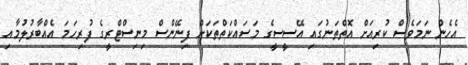
އެހެން ނަމަވެސް ކުރިއަށް އޮތްތަނުގައި އޭސީސީގެ މަސައްކަތްތަކަށް ފިނޭންސް މިނިސްޓްރީގެ ފުރިހަމަ އެއްބާރުލުމާއި